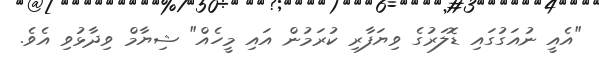
"އެއީ ނުއަގުގައި ޑޮލަރުގެ ވިޔަފާރި ކުރަމުން އައި މީހެއް" ޝިޔާމް ވިދާޅުވި އެވެ.